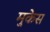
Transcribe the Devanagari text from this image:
मुकेस